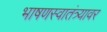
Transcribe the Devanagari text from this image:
भाषणस्वातंत्र्यावर